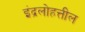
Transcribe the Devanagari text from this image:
इंद्रलोहत्तील